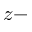
z -